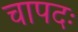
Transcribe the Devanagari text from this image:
चापदः